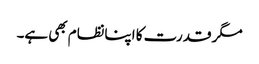
مگر قدرت کا اپنانظام بھی ہے۔